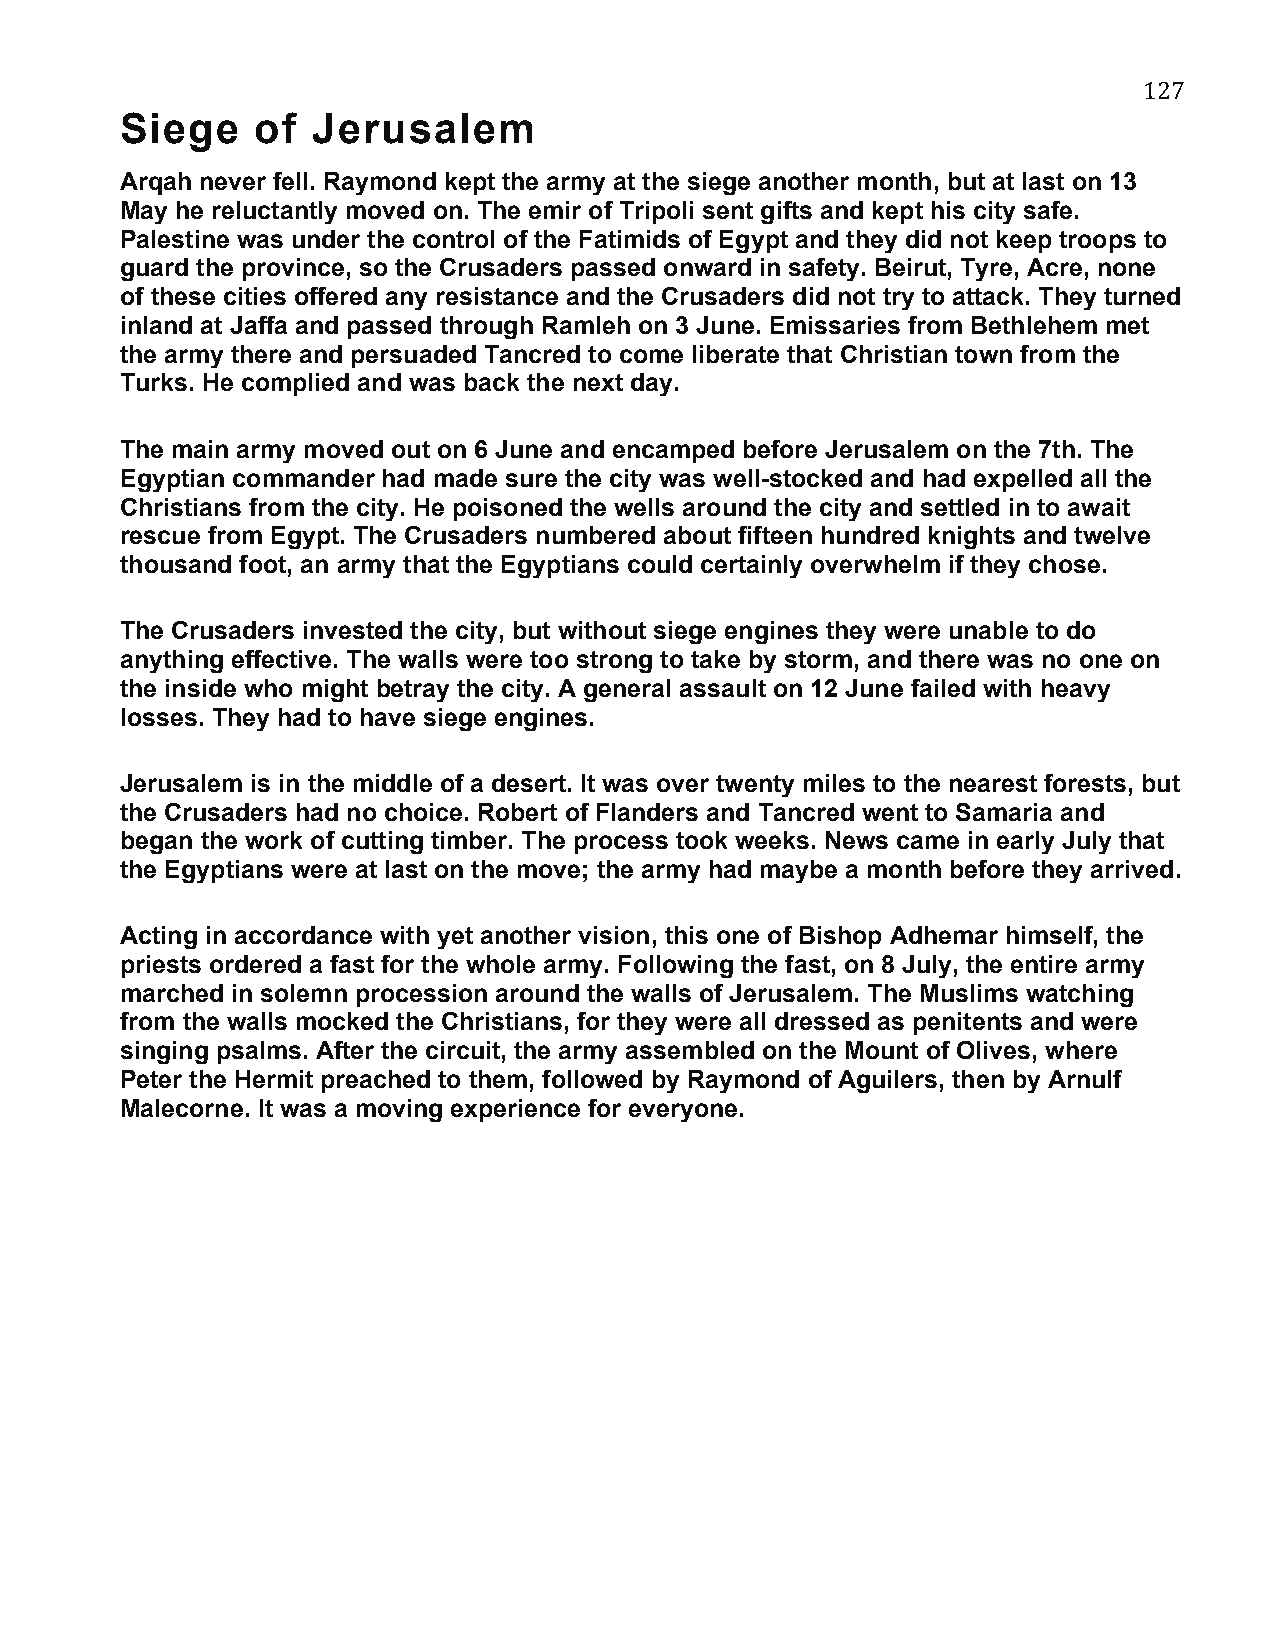
127
 Siege    of  Jerusalem
 Arqah never fell. Raymond kept the army at the siege another month, but at last on 13
 May he reluctantly moved on. The emir of Tripoli sent gifts and kept his city safe.
 Palestine was under the control of the Fatimids of Egypt and they did not keep troops to
 guard the province, so the Crusaders passed onward in safety. Beirut, Tyre, Acre, none
 of these cities offered any resistance and the Crusaders did not try to attack. They turned
 inland at Jaffa and passed through Ramleh on 3 June. Emissaries from Bethlehem met
 the army there and persuaded Tancred to come liberate that Christian town from the
 Turks. He complied and was back the next day.
 The main army moved out on 6 June and encamped before Jerusalem on the 7th. The
 Egyptian commander had made sure the city was well-stocked and had expelled all the
 Christians from the city. He poisoned the wells around the city and settled in to await
 rescue from Egypt. The Crusaders numbered about fifteen hundred knights and twelve
 thousand foot, an army that the Egyptians could certainly overwhelm if they chose.
 The Crusaders invested the city, but without siege engines they were unable to do
 anything effective. The walls were too strong to take by storm, and there was no one on
 the inside who might betray the city. A general assault on 12 June failed with heavy
 losses. They had to have siege engines.
 Jerusalem is in the middle of a desert. It was over twenty miles to the nearest forests, but
 the Crusaders had no choice. Robert of Flanders and Tancred went to Samaria and
 began the work of cutting timber. The process took weeks. News came in early July that
 the Egyptians were at last on the move; the army had maybe a month before they arrived.
 Acting in accordance with yet another vision, this one of Bishop Adhemar himself, the
 priests ordered a fast for the whole army. Following the fast, on 8 July, the entire army
 marched in solemn procession around the walls of Jerusalem. The Muslims watching
 from the walls mocked the Christians, for they were all dressed as penitents and were
 singing psalms. After the circuit, the army assembled on the Mount of Olives, where
 Peter the Hermit preached to them, followed by Raymond of Aguilers, then by Arnulf
 Malecorne. It was a moving experience for everyone.